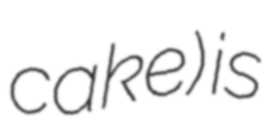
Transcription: cake) is